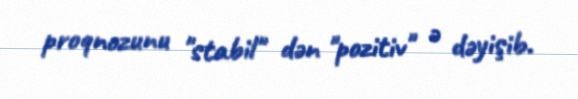
proqnozunu "stabil" dən "pozitiv" ə dəyişib.